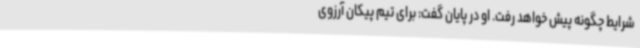
شرایط چگونه پیش خواهد رفت. او در پایان گفت: برای تیم پیکان آرزوی